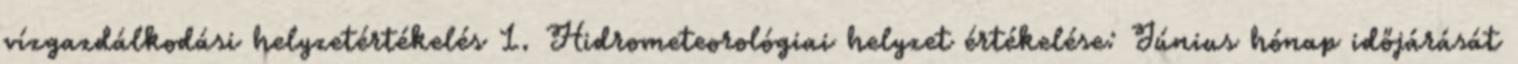
vízgazdálkodási helyzetértékelés 1. Hidrometeorológiai helyzet értékelése: Június hónap időjárását